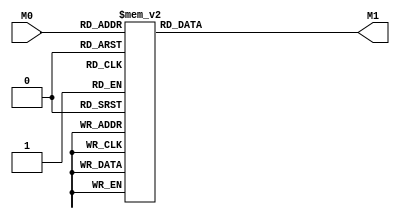
module layer0_N94 ( input [5:0] M0, output [1:0] M1 );

	(*rom_style = "distributed" *) reg [1:0] M1r;
	assign M1 = M1r;
	always @ (M0) begin
		case (M0)
			6'b000000: M1r = 2'b00;
			6'b100000: M1r = 2'b00;
			6'b010000: M1r = 2'b00;
			6'b110000: M1r = 2'b00;
			6'b001000: M1r = 2'b00;
			6'b101000: M1r = 2'b00;
			6'b011000: M1r = 2'b10;
			6'b111000: M1r = 2'b00;
			6'b000100: M1r = 2'b01;
			6'b100100: M1r = 2'b00;
			6'b010100: M1r = 2'b11;
			6'b110100: M1r = 2'b00;
			6'b001100: M1r = 2'b11;
			6'b101100: M1r = 2'b10;
			6'b011100: M1r = 2'b11;
			6'b111100: M1r = 2'b11;
			6'b000010: M1r = 2'b00;
			6'b100010: M1r = 2'b00;
			6'b010010: M1r = 2'b00;
			6'b110010: M1r = 2'b00;
			6'b001010: M1r = 2'b00;
			6'b101010: M1r = 2'b00;
			6'b011010: M1r = 2'b10;
			6'b111010: M1r = 2'b00;
			6'b000110: M1r = 2'b10;
			6'b100110: M1r = 2'b00;
			6'b010110: M1r = 2'b11;
			6'b110110: M1r = 2'b00;
			6'b001110: M1r = 2'b11;
			6'b101110: M1r = 2'b10;
			6'b011110: M1r = 2'b11;
			6'b111110: M1r = 2'b11;
			6'b000001: M1r = 2'b00;
			6'b100001: M1r = 2'b00;
			6'b010001: M1r = 2'b10;
			6'b110001: M1r = 2'b00;
			6'b001001: M1r = 2'b11;
			6'b101001: M1r = 2'b01;
			6'b011001: M1r = 2'b11;
			6'b111001: M1r = 2'b11;
			6'b000101: M1r = 2'b11;
			6'b100101: M1r = 2'b10;
			6'b010101: M1r = 2'b11;
			6'b110101: M1r = 2'b11;
			6'b001101: M1r = 2'b11;
			6'b101101: M1r = 2'b11;
			6'b011101: M1r = 2'b11;
			6'b111101: M1r = 2'b11;
			6'b000011: M1r = 2'b00;
			6'b100011: M1r = 2'b00;
			6'b010011: M1r = 2'b10;
			6'b110011: M1r = 2'b00;
			6'b001011: M1r = 2'b11;
			6'b101011: M1r = 2'b01;
			6'b011011: M1r = 2'b11;
			6'b111011: M1r = 2'b11;
			6'b000111: M1r = 2'b11;
			6'b100111: M1r = 2'b10;
			6'b010111: M1r = 2'b11;
			6'b110111: M1r = 2'b11;
			6'b001111: M1r = 2'b11;
			6'b101111: M1r = 2'b11;
			6'b011111: M1r = 2'b11;
			6'b111111: M1r = 2'b11;

		endcase
	end
endmodule